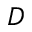
D